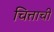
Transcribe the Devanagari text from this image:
चित्ताची